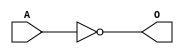
module JINVA(A, O);
input   A;           
output  O;
not g0(O, A);
endmodule